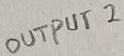
Text: OUT PUT 2